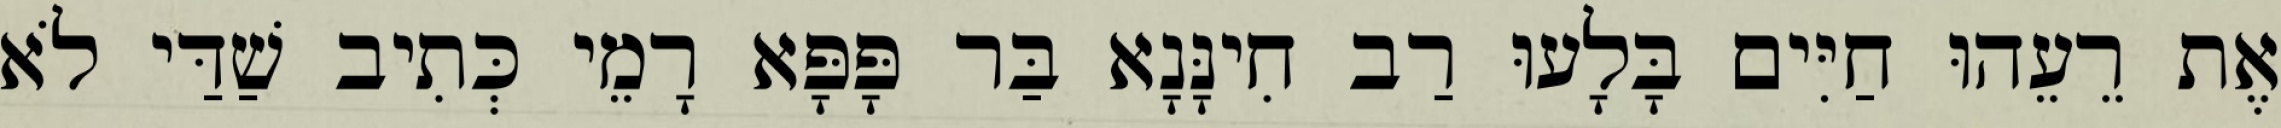
אֶת רֵעֵהוּ חַיִּים בָּלָעוּ רַב חִינָּנָא בַּר פָּפָּא רָמֵי כְּתִיב שַׁדַּי לֹא